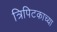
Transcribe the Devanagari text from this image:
त्रिपिटकाच्या